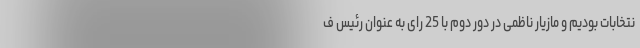
نتخابات بودیم و مازیار ناظمی در دور دوم با 25 رای به عنوان رئیس ف